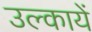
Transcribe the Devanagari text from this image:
उल्कायें